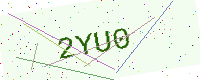
Text: 2YU0